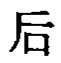
后